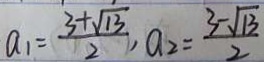
a _ { 1 } = \frac { 3 + \sqrt { 1 3 } } { 2 } , a _ { 2 } = \frac { 3 - \sqrt { 1 3 } } { 2 }